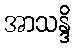
အာသန္ဒိ